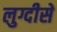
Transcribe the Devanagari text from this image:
लुग्दीसे